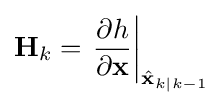
{\textbf {H}}_{k}=\left.{\frac {\partial h}{\partial {\textbf {x}}}}\right\vert _{{\hat {\textbf {x}}}_{k|k-1}}